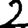
Digit: 2